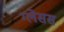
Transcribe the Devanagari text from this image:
ग्लेसस